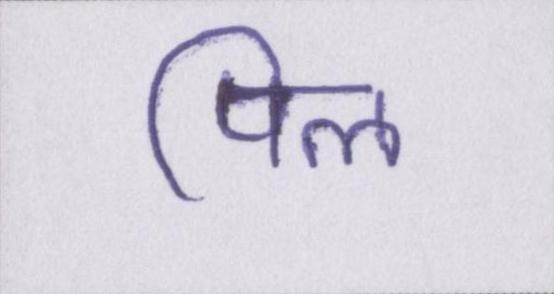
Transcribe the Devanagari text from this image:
पिल